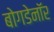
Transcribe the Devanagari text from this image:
बोगडेनॉर